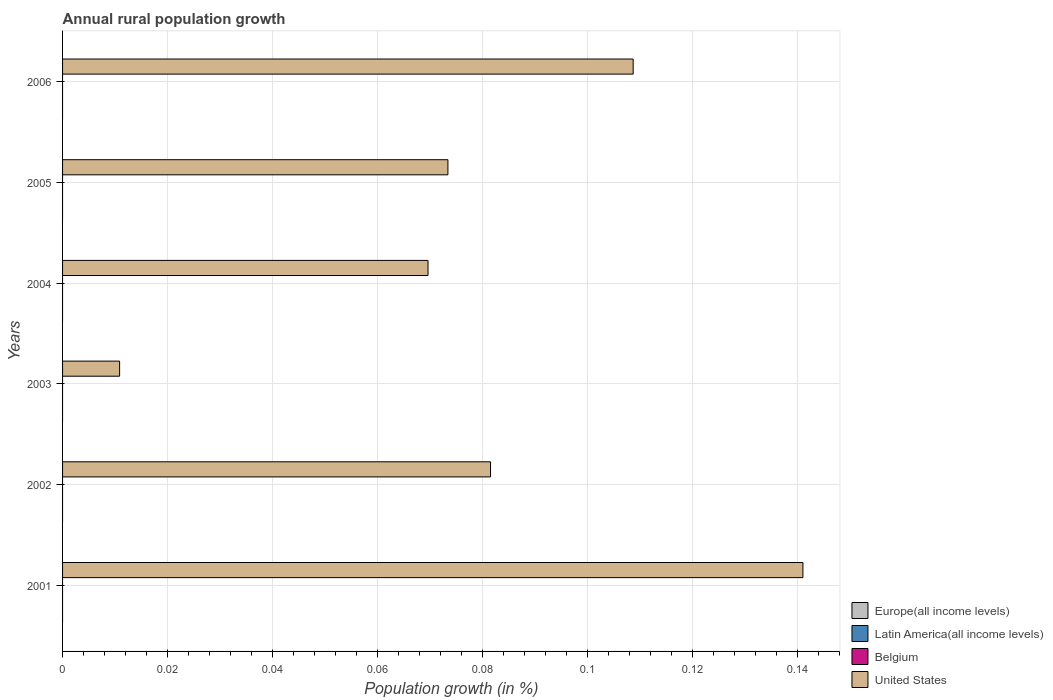
| Years | Europe(all income levels) | Latin America(all income levels) | Belgium | United States |
 | --- | --- | --- | --- | --- |
 | 2001 | -0.194 | -0.0368 | -1.63 | 0.141 |
 | 2002 | -0.322 | -0.00698 | -1.52 | 0.0815 |
 | 2003 | -0.273 | -0.033 | -1.52 | 0.0109 |
 | 2004 | -0.24 | -0.0696 | -1.54 | 0.0696 |
 | 2005 | -0.239 | -0.0838 | -1.43 | 0.0734 |
 | 2006 | -0.261 | -0.102 | -1.32 | 0.109 |